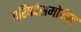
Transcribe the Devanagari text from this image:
परिषदेसमोरील